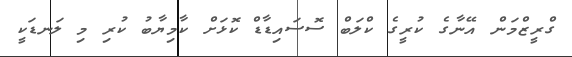
ގްރީޒްމަން އޭނާގެ ކުރީގެ ކްލަބް ސޮސައިޑާޑް ކޮޅަށް ކާމިޔާބު ކުރި މި ލަނޑަކީ